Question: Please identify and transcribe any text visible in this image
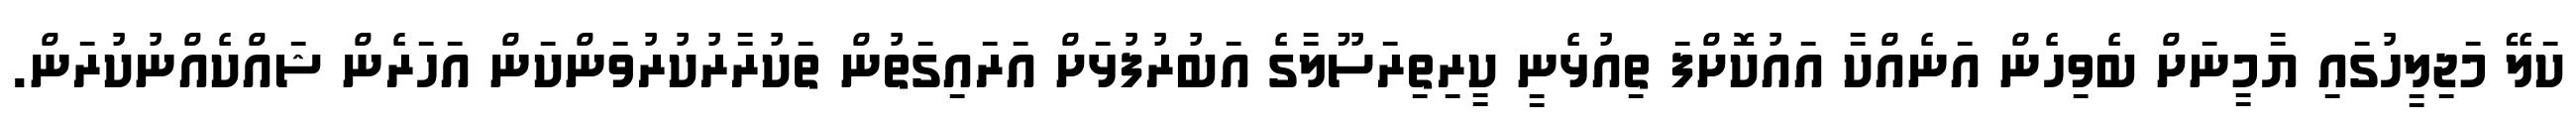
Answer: ކަލޭ މަޖިލީހުގައި ޔާމީނަށް ބެވިހެން އަނެއްކާ އައުކޮށްފަ ތިއުޅެނީ ކީރިތިރަސޫލާގެ އަބުރުފުޅަށް އަރައިގަތުން ތަކުރާރުކުރުވަންކަން އަހަރެން ޝައްކެއްނުކުރަން.